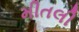
મીતલી